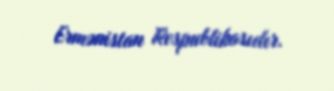
Ermənistan Respublikasıdır.